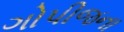
ગોપીજના